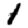
Digit: 1